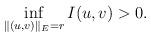
LaTeX: \begin{align*}\mathop{\inf}\limits_{\|(u,v)\|_{E}=r}I(u,v)>0.\end{align*}